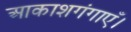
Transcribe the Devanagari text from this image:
आकाशगंगाएँ।